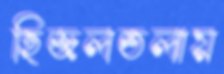
হিজলতলায়